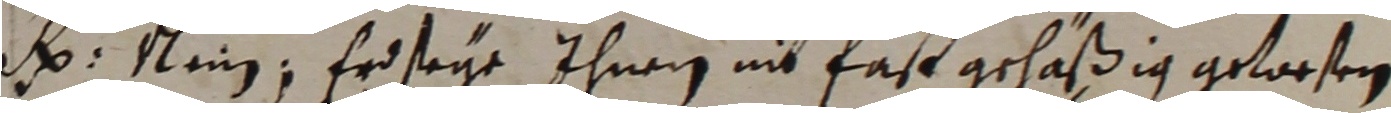
Hr Klin, er seye ihnen nit fast gehäßig gewrsen.